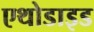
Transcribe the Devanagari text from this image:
एथोडाइड